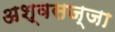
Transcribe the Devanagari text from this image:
अश्वसज्जा